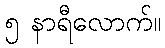
၅ နာရီလောက်။